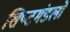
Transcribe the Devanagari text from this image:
शिष्‍टमंडलों